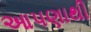
આપણાથી